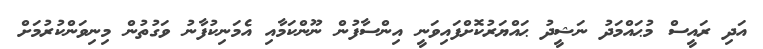
އަދި ރައީސް މުޙައްމަދު ނަޝީދު ޙައްޔަރުކޮށްފައިވަނީ އިންސާފުން ނޫންކަމާއި އެމަނިކުފާނު ވަގުތުން މިނިވަންކުރުމަށް